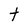
Character: t